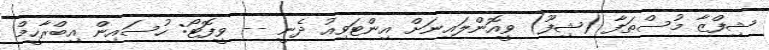
ޝިފްޒާ މުސްޠަފާ (ޝިފޫ) ވީއޮންލައިނަށް އިންޓަވިއު ދެނީ -- ވީފޮޓޯ: ހުސައިން އިބްރާހީމް